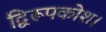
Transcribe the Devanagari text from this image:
द्विरूपकोश।